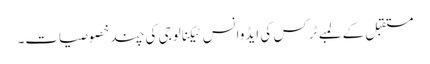
مستقبل کے لمبے ٹرکس کی ایڈوانس ٹیکنالوجی کی چند خصوصیات۔